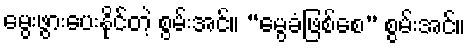
မွေးဖွားပေးနိုင်တဲ့ စွမ်းအင်။ “မွေခံဖြစ်စေ” စွမ်းအင်။